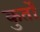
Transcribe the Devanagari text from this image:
कुर्तों